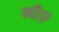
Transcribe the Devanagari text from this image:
माँए